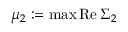
\mu _ { 2 } : = \operatorname* { m a x } \mathrm { R e } \, \Sigma _ { 2 }